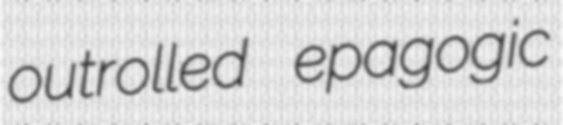
outrolled epagogic